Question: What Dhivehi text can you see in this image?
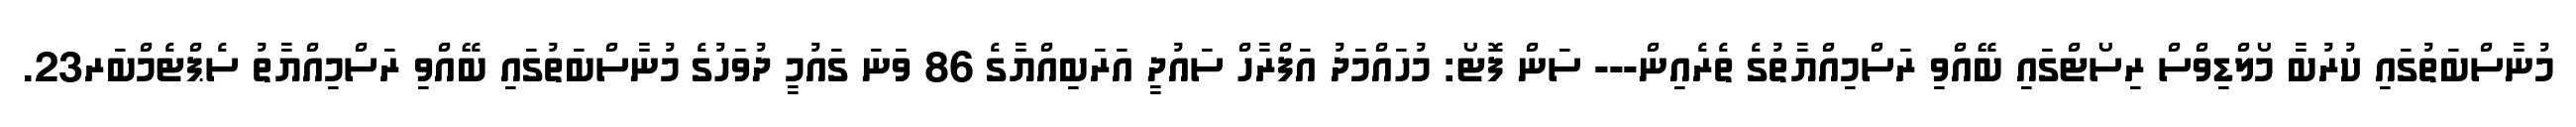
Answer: މުނާސްބަތުގައި ކުރުބާ މޯލްޑިވްސް ރިސޯޓްގައި ބޭއްވި ރަސްމިއްޔާތުގެ ތެރެއިން--- ސަން ފޮޓޯ: މުހައްމަދު އަފްރާހް ސައުދީ އަރަބިއްޔާގެ 86 ވަނަ ގައުމީ ދުވަހުގެ މުނާސްބަތުގައި ބޭއްވި ރަސްމިއްޔާތު ސެޕްޓެމްބަރ23.